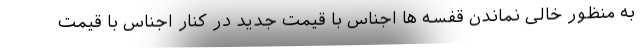
به منظور خالی نماندن قفسه ها اجناس با قیمت جدید در کنار اجناس با قیمت